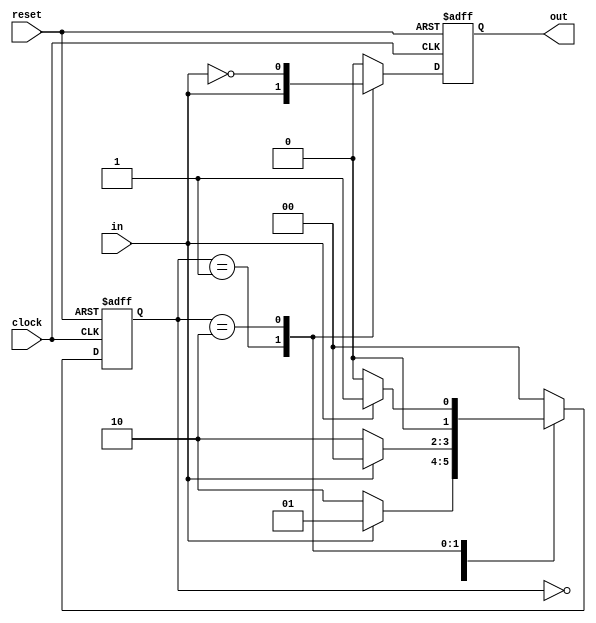
module MealyMachine(out, in, reset, clock);
	input in, reset, clock;
	output reg out;

	reg [1:0] state;

	always @(posedge clock, posedge reset)
	begin
		if (reset)
		begin
			state = 2'b00;
			out = 1'b0;
		end

		else
		begin
			case (state)
				2'b00:
				begin
					state = (in) ? 2'b01 : 2'b10;
					out = 1'b0;
				end
				
				2'b01:
				begin
					state = (in) ? 2'b00 : 2'b10;
					out = in;
				end

				2'b10:
				begin
					state = (in) ? 2'b01 : 2'b00;
					out = ~in;
				end

				default:
				begin
					state = 2'b00;
					out = 1'b0;
				end
			endcase
		end
	end
endmodule

module testBench;
	reg clock, reset, in;
	wire out;
	reg [15:0] sequence;
	integer i;

	MealyMachine mm(out, clock, reset, in);

	initial
	begin
		clock = 0;
		reset = 1;
		sequence = 16'b0101_0111_0111_0010;
		#5 reset = 0;

		for (i = 0; i < 15; i = i + 1)
		begin
			in = sequence[i];
			#2 clock = 1;
			#2 clock = 0;
			$display("state = %b, input = %b, output = %b", mm.state, in, out);
		end
		testing;
	end

	task testing;
		for (i = 0; i <= 15; i = i + 1)
		begin
			in = $random % 2;
			#2 clock = 1;
			#2 clock = 0;
			$display("state = %b, input = %b, output = %b", mm.state, in, out);
		end
	endtask
endmodule